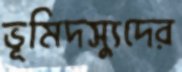
ভূমিদস্যুদের